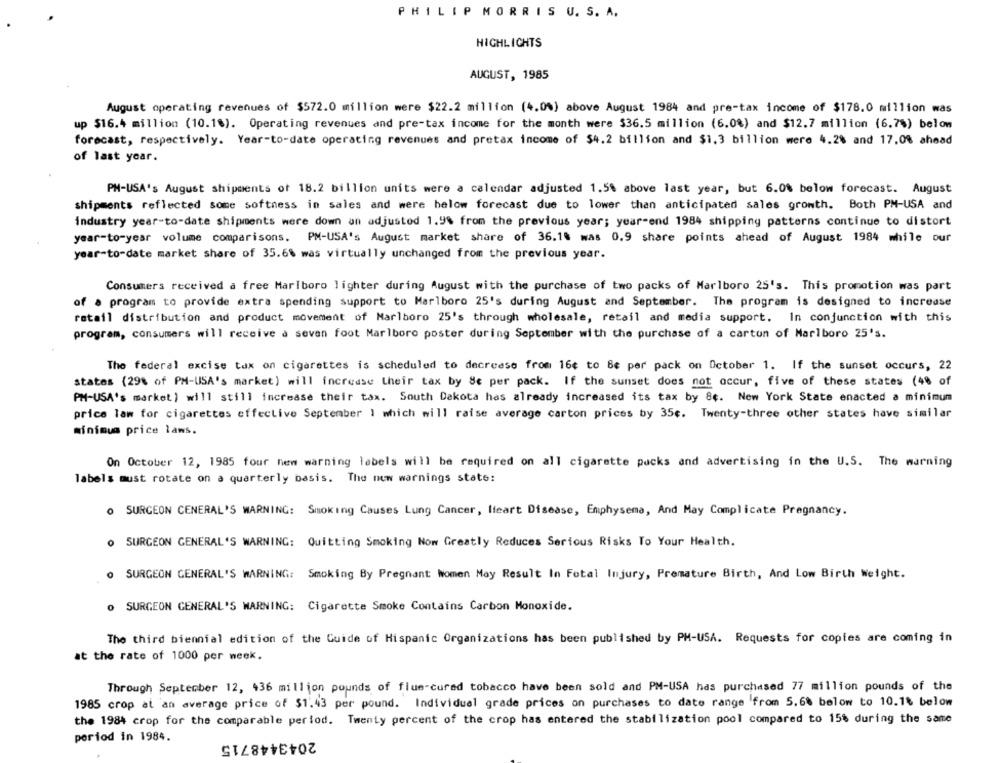
PHILIP MORRIS U. S. A.
HIGHLIGHTS
AUGUST, 1985
August operating revenues of $572.0 million were $22.2 million (4.0%) above August 1984 and pre-tax income of $178.0 million was
up $16.4 million (10.18). Operating revenues and pre-tax income for the month were $36.5 million (6.0%) and $12.7 million (6.7%) below
forecast, respectively. Year-to-date operating revenues and pretax income of $4.2 billion and $1.3 billion were 4.2% and 17.08 ahead
of last year.
PH-USA's August shipments of 18.2 billion units were a calendar adjusted 1.5% above last year, but 6.0% below forecast. August
shipments reflected some softness in sales and were below forecast due to lower than anticipated sales growth. Both PM-USA and
industry year-to-date shipments were down an adjusted 1.9% from the previous year; year-end 1984 shipping patterns continue to distort
year-to-year volume comparisons. PM-USA's August market share of 36.18 was 0.9 share points ahead of August 1984 while our
year-to-date market share of 35.66 was virtually unchanged from the previous year.
Consumers received a free Marlboro lighter during August with the purchase of two packs of Marlboro 25's. This promotion was part
of a program to provide extra spending support to Marlboro 25's during August and September. The program is designed to increase
retail distribution and product movement of Marlboro 25's through wholesale, retail and media support. In conjunction with this
program, consumers will receive a seven foot Marlboro poster during September with the purchase of a carton of Marlboro 25's.
The federal excise tax on cigarettes is scheduled to decrease from 16¢ to Be per pack on October 1. If the sunset occurs, 22
states (29% of PH-USA's market) will increase their tax by Se per pack. If the sunset does not occur, five of these states (4% of
PM-USA's market) will still increase their tax. South Dakota has already increased its tax by 84. New York State enacted a minimum
price lam for cigarettes effective September 1 which will raise average carton prices by 35c. Twenty-three other states have similar
minimum price laws.
On October 12, 1985 four new warning labels will be required on all cigarette pucks and advertising in the U.S. The warning
labels must rotate on a quarterly basis. The new warnings state:
O SURGEON CENERAL'S WARNING: Smoking Causes Lung Cancer, Iteart Disease, Emphysema, And May Complicate Pregnancy.
O SURGEON GENERAL'S WARNING: Quitting Smoking Now Greatly Reduces Serious Risks To Your Health.
O SURGEON GENERAL'S WARNING: Smoking By Pregnant Women May Result In Fetal Injury, Premature Birth, And Low Birth Weight.
O SURGEON GENERAL'S WARNING: Cigarette Smoke Contains Carbon Monoxide.
The third biennial edition of the Guide of Hispanic Organizations has been published by PH-USA. Requests for copies are coming in
at the rate of 1000 per week.
Through September 12, 436 million pounds of flue-cured tobacco have been sold and PM-USA has purchased 77 million pounds of the
1985 crop at an average price of $1.43 per pound. Individual grade prices on purchases to date range from 5.6% below to 10.1% below
the 1984 crop for the comparable period. Twenty percent of the crop has entered the stabilization pool compared to 15% during the same
period in 1984.
2043448715